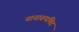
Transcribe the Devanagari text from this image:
नानारूपमिदं